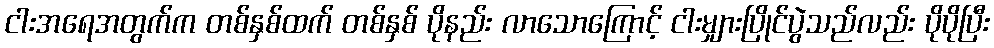
ငါးအရေအတွက်က တစ်နှစ်ထက် တစ်နှစ် ပိုနည်း လာသောကြောင့် ငါးမျှားပြိုင်ပွဲသည်လည်း ပိုပိုပြီး